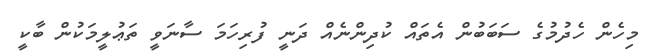
މިހެން ހެދުމުގެ ސަބަބުން އެތައް ކުދިންނެއް ދަނީ ފުރިހަމަ ސާނަވީ ތަޢުލީމަކުން ބާކީ